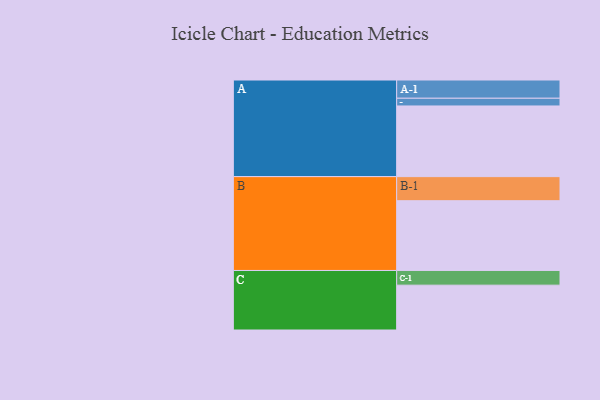
{"axis": {"x": "Segment", "y": "Value"}, "legend": ["", "A", "B", "C"], "data": [{"x": "A", "y": 558, "type": ""}, {"x": "B", "y": 551, "type": ""}, {"x": "C", "y": 354, "type": ""}, {"x": "A-1", "y": 144, "type": "A"}, {"x": "A-2", "y": 61, "type": "A"}, {"x": "B-1", "y": 190, "type": "B"}, {"x": "C-1", "y": 116, "type": "C"}]}